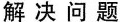
解决问题